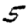
Digit: 5